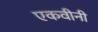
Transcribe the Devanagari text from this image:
एकवीनी